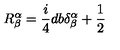
R _ { \beta } ^ { \alpha } = \frac { i } { 4 } d b \delta _ { \beta } ^ { \alpha } + \frac { 1 } { 2 }